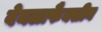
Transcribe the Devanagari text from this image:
वेनलाफैक्सीन